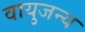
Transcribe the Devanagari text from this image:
वायुजन्य